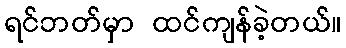
ရင်ဘတ်မှာ ထင်ကျန်ခဲ့တယ်။